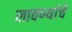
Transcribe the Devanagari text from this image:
लावण्यांचे